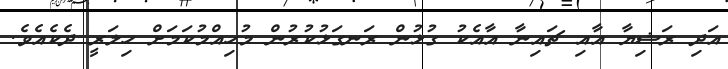
އަދި ރަޝިޔާ އާއި ޗައިނާ އާއެކު ގުޅުން ރަނގަޅުކުރުން މުހިއްމުކަމަށް ހިލަރީ ދެކެއެވެ.